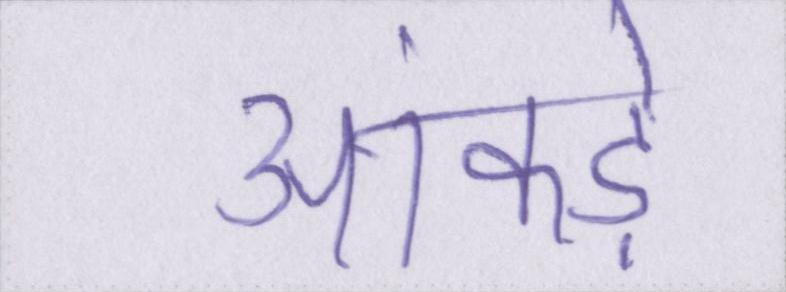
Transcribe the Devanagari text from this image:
आंकड़े